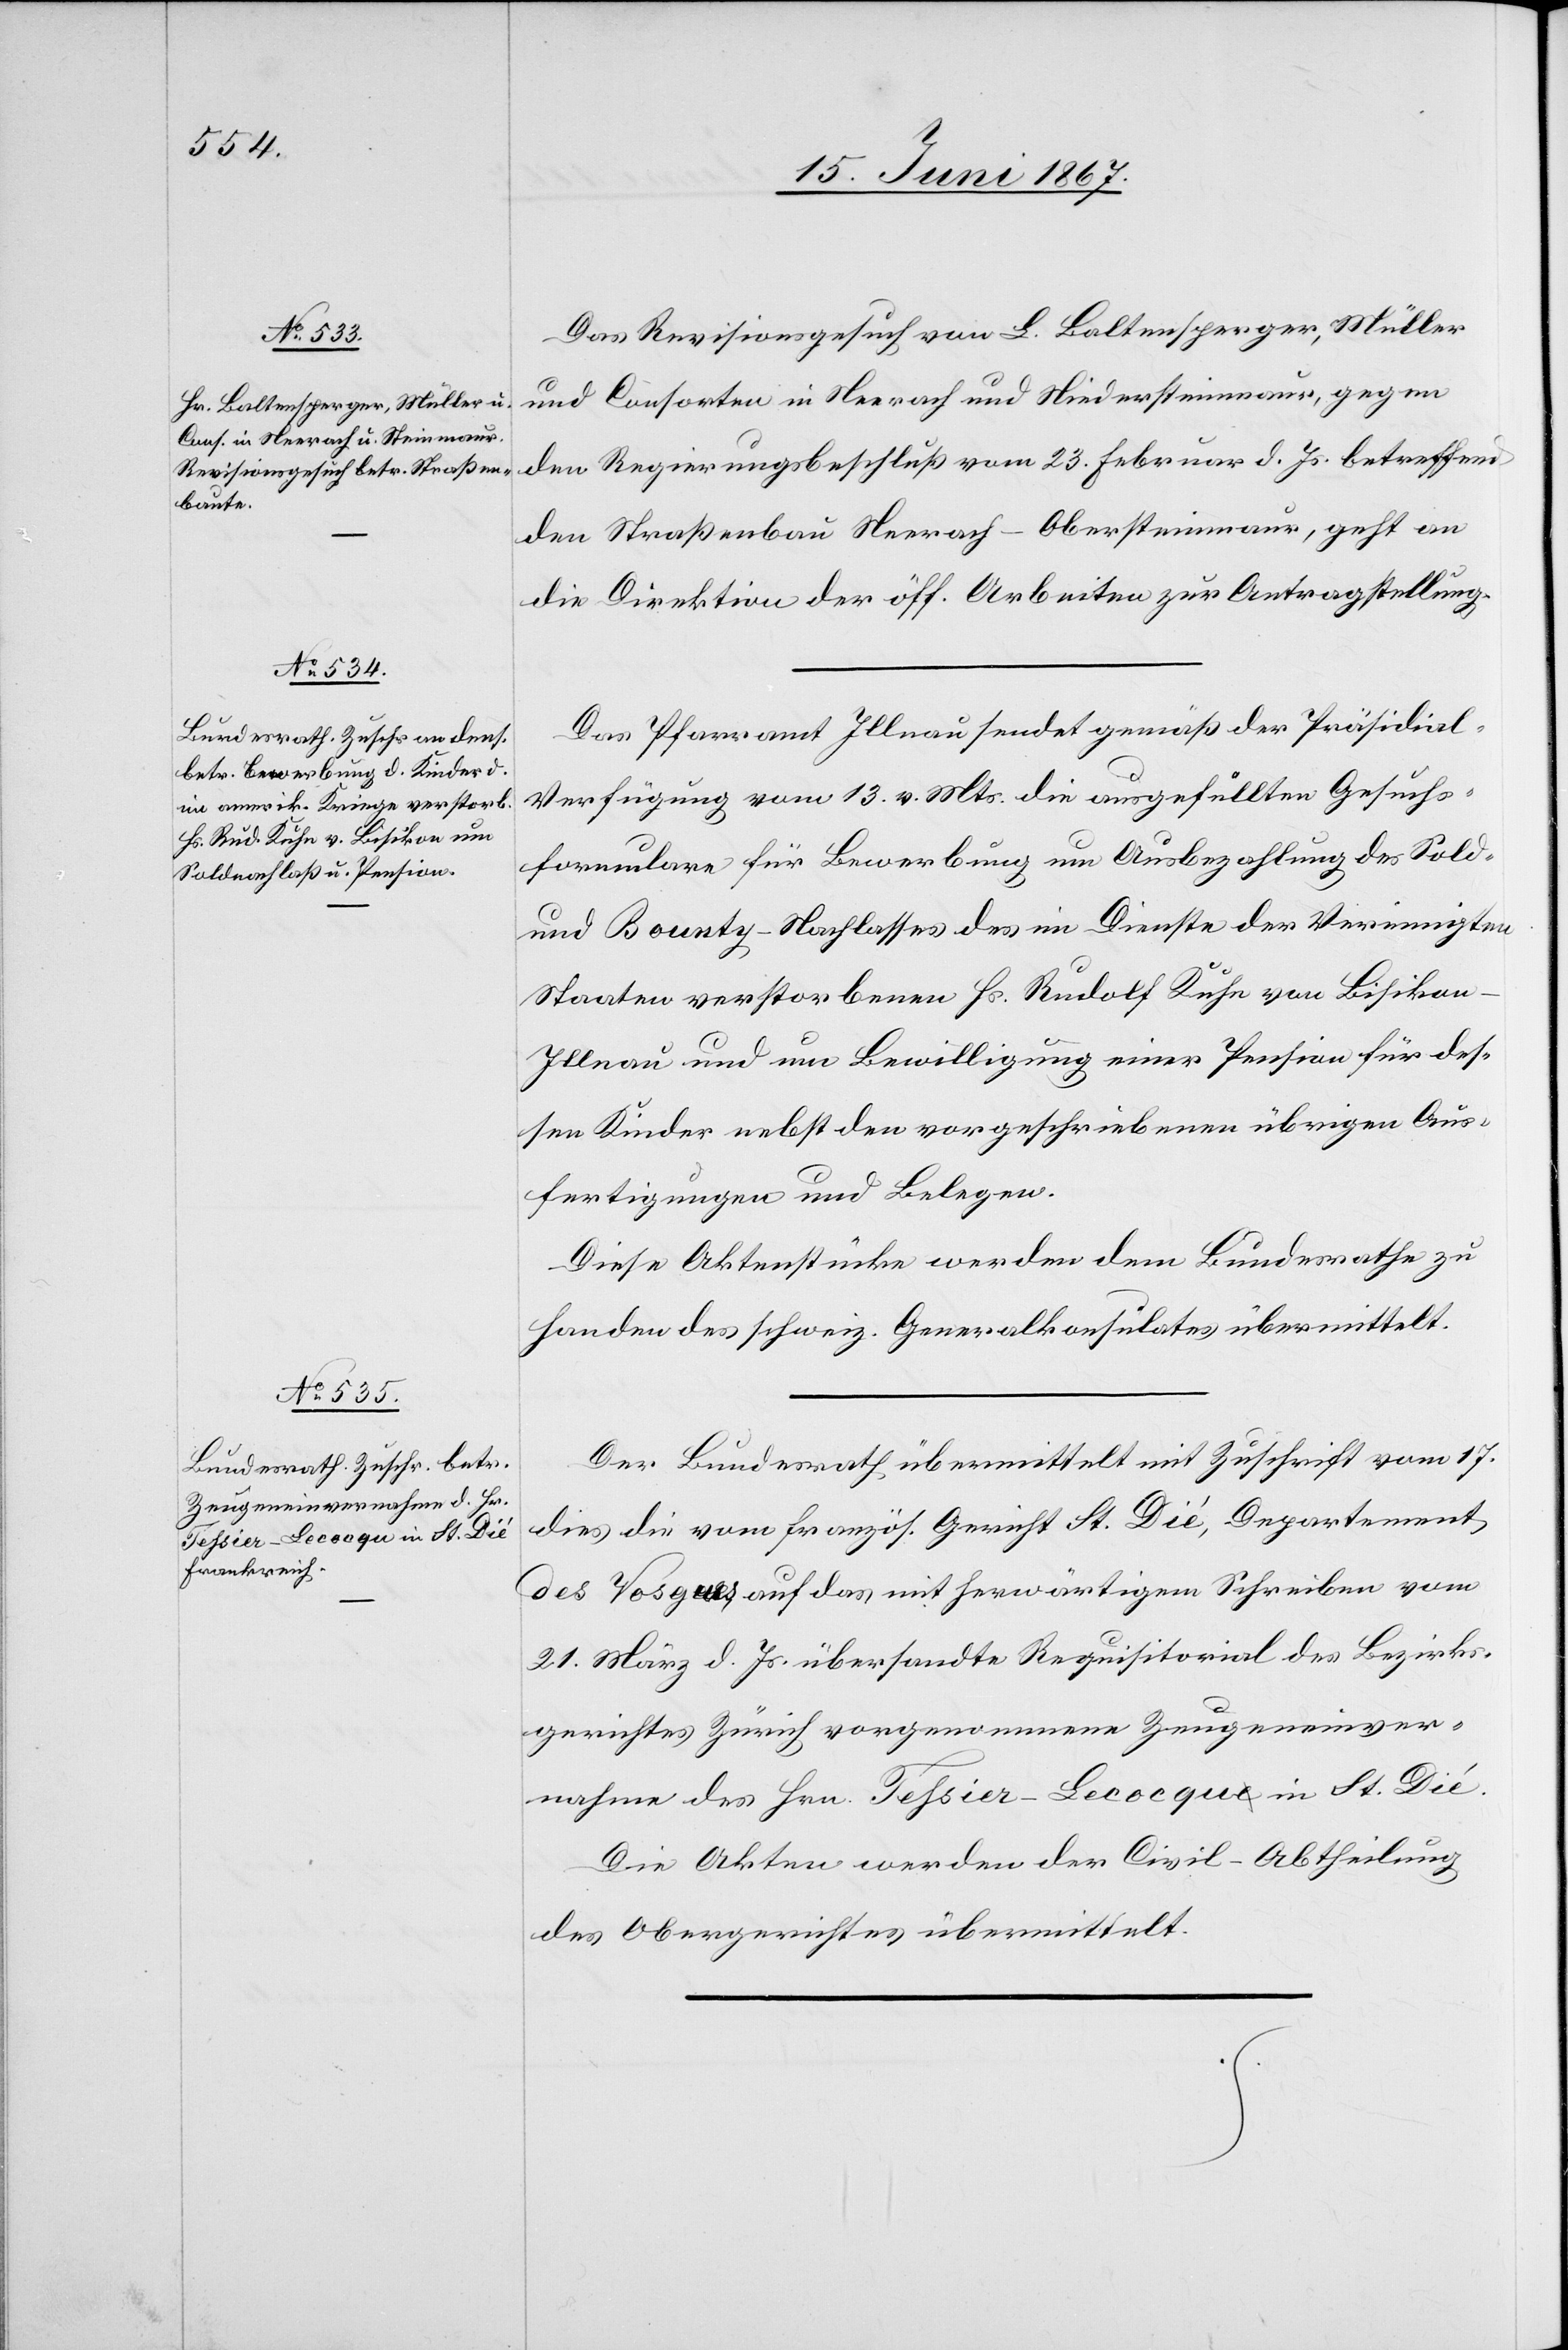
19. Juni 1867.]
Das Revisionsgesuch von L. Baltensperger, Müller
und Consorten in Neerach und Niedersteinmaur, gegen
den Regierungsbeschluß vom 23. Februar d. Js. betreffend
den Straßenbau Neerach–Obersteinmaur, geht an
die Direktion der öff. Arbeiten zur Antragstellung.
Das Pfarramt Illnau sendet gemäß der Präsidia¬
l-Verfügung vom 13. v. Mts. die ausgefüllten Gesuchs¬
formulare für Bewerbung um Ausbezahlung des Sold-
und Bounty-Nachlasses des im Dienste der Vereinigte¬
n
Staaten verstorbenen Hs. Rudolf Kühn von Bisikon-I¬
llnau und um Bewilligung einer Pension für des¬
sen Kinder nebst den vorgeschriebenen übrigen Aus¬
fertigungen und Belegen.
Diese Aktenstücke werden dem Bundesrathe zu
Handen des schweiz. Generalkonsulates übermittelt.
Der Bundesrath übermittelt mit Zuschrift vom 17.
dies die vom französ. Gericht St. Dié, Departement
des Vosques auf das mit herwärtigem Schreiben vom
21. März d. Js. übersandte Requisitorial des Bezirks¬
gerichtes Zürich vorgenommene Zeugeneinver¬
nahme des Hrn. Fessier-Lecocque in St. Dié.
Die Akten werden der Civil-Abtheilung
des Obergerichtes übermittelt.